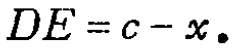
\(DE = c - x.\)